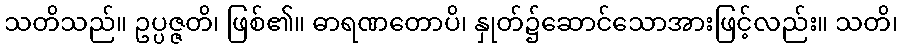
သတိသည်။ ဥပ္ပဇ္ဇတိ၊ ဖြစ်၏။ ဓာရဏတောပိ၊ နှုတ်၌ဆောင်သောအားဖြင့်လည်း။ သတိ၊